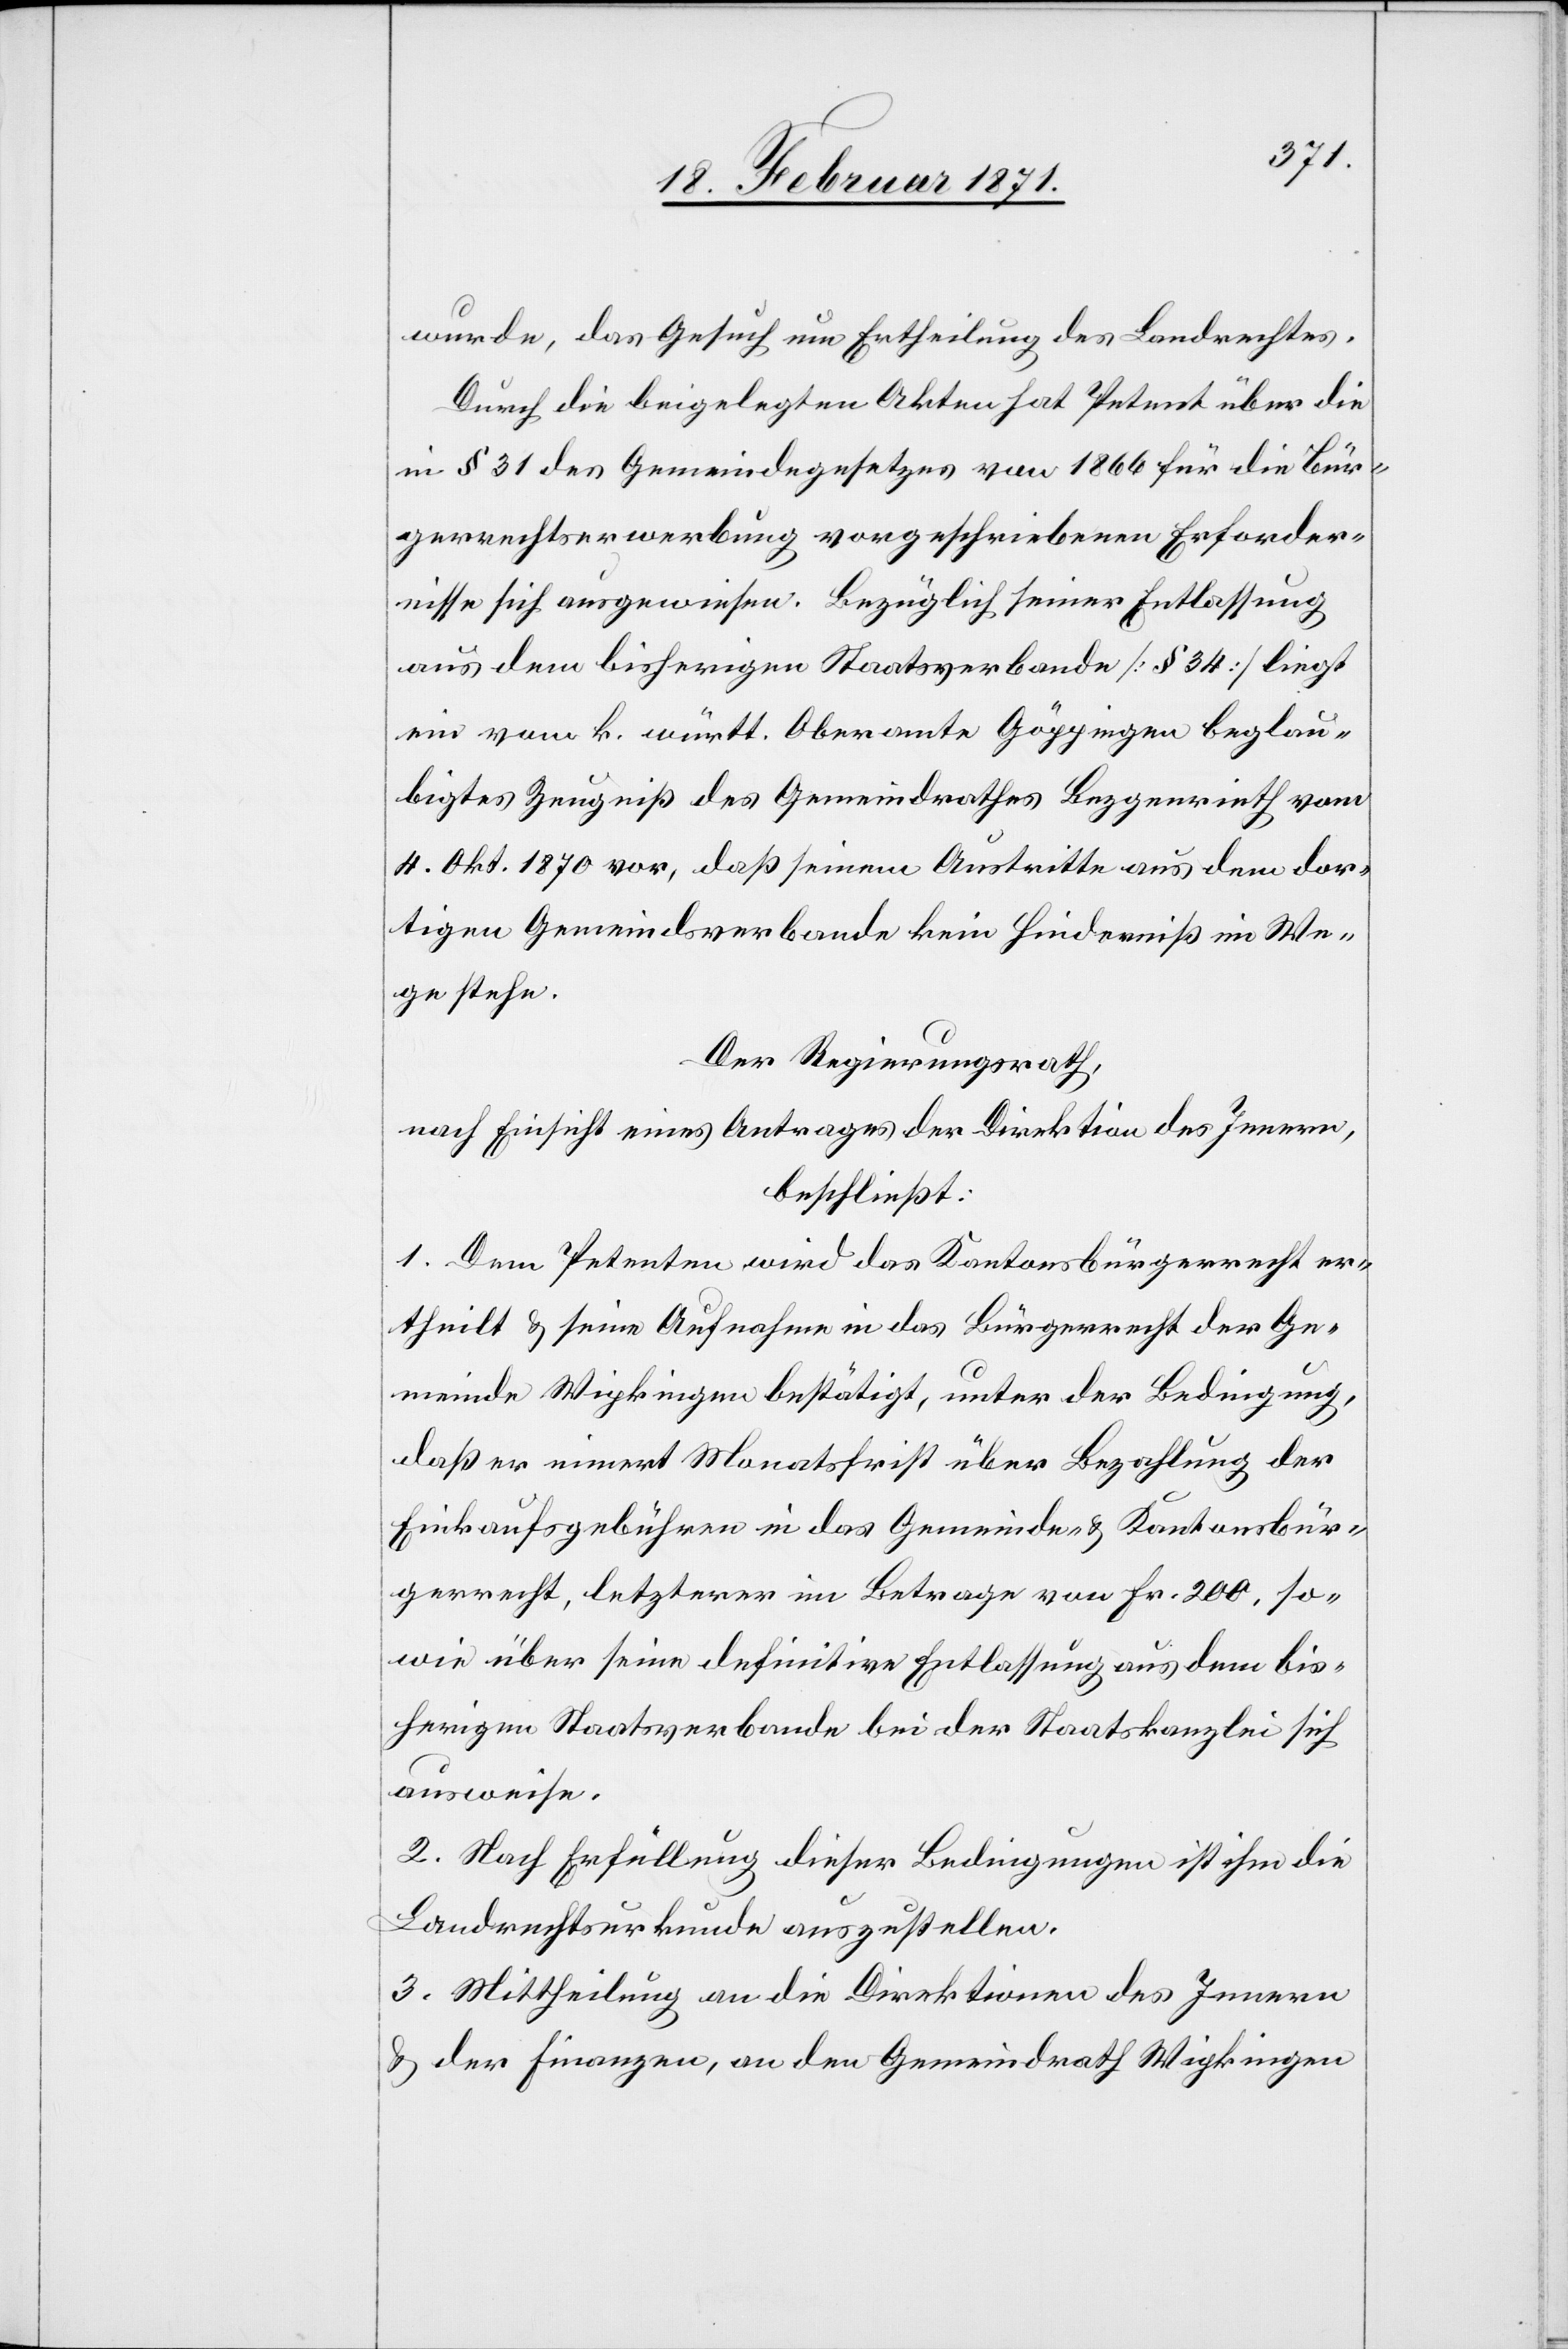
wurde, das Gesuch um Ertheilung des Landrechtes.
Durch die beigelegten Akten hat Petent über die
in § 31 des Gemeindegesetztes von 1866 für die Bür¬
gerrechtserwerbung vorgeschriebenen Erforder¬
nisse sich ausgewiesen. Bezüglich seiner Entlassung
aus dem bisherigen Staatsverbande [§ 34] liegt
ein vom k. württ. Oberamte Göppingen beglau¬
bigtes Zeugniß des Gemeindrathes Bezgenrieth vom
4. Okt. 1870 vor, daß seinem Austritte aus dem dor¬
tigen Gemeindsverbande kein Hinderniß im We¬
ge stehe.
Der Regierungsrath,
nach Einsicht eines Antrages der Direktion des Innern,
beschließt:
1. Dem Petenten wird das Kantonsbürgerrecht er¬
theilt u. seine Aufnahme in das Bürgerrecht der Ge¬
meinde Wipkingen bestätigt, unter der Bedingung,
daß er innert Monatsfrist über Bezahlung der
Einkaufsgebühren in das Gemeinde- u. Kantonsbür¬
gerrecht, letzterer im Betrage von Fr. 200, so¬
wie über seine definitive Entlassung aus dem bis¬
herigen Staatsverbande bei der Staatskanzlei sich
ausweise.
2. Nach Erfüllung dieser Bedingungen ist ihm die
Landrechtsurkunde auszustellen.
3. Mittheilung an die Direktion des Innern
u. der Finanzen, an den Gemeindrath Wipkingen